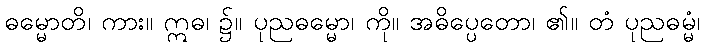
ဓမ္မောတိ၊ ကား။ ဣဓ၊ ၌။ ပုညဓမ္မော၊ ကို။ အဓိပ္ပေတော၊ ၏။ တံ ပုညဓမ္မံ၊